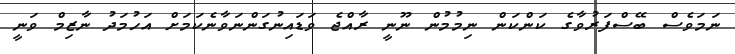
ނަމަވެސް ބޭސްފަރުވާގެ ކަންކަން ނިމުމުން ނޫނީ ރާއްޖެ ވަޑައިނުގަންނަވާނެކަމަށް އަހުމަދު ނާޒިމް ވަނީ